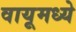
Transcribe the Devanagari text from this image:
वायूमध्ये